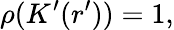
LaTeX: \rho(K^{\prime}(r^{\prime}))=1,